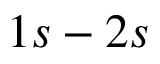
{ 1 s - 2 s }